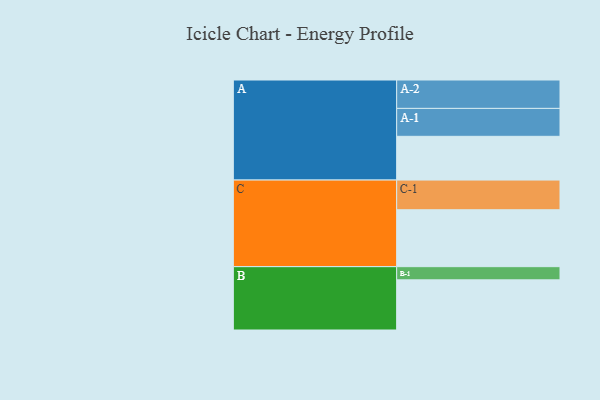
{"axis": {"x": "Segment", "y": "Value"}, "legend": ["", "A", "B", "C"], "data": [{"x": "A", "y": 368, "type": ""}, {"x": "B", "y": 422, "type": ""}, {"x": "C", "y": 479, "type": ""}, {"x": "A-1", "y": 235, "type": "A"}, {"x": "A-2", "y": 239, "type": "A"}, {"x": "B-1", "y": 111, "type": "B"}, {"x": "C-1", "y": 250, "type": "C"}]}